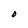
Character: O